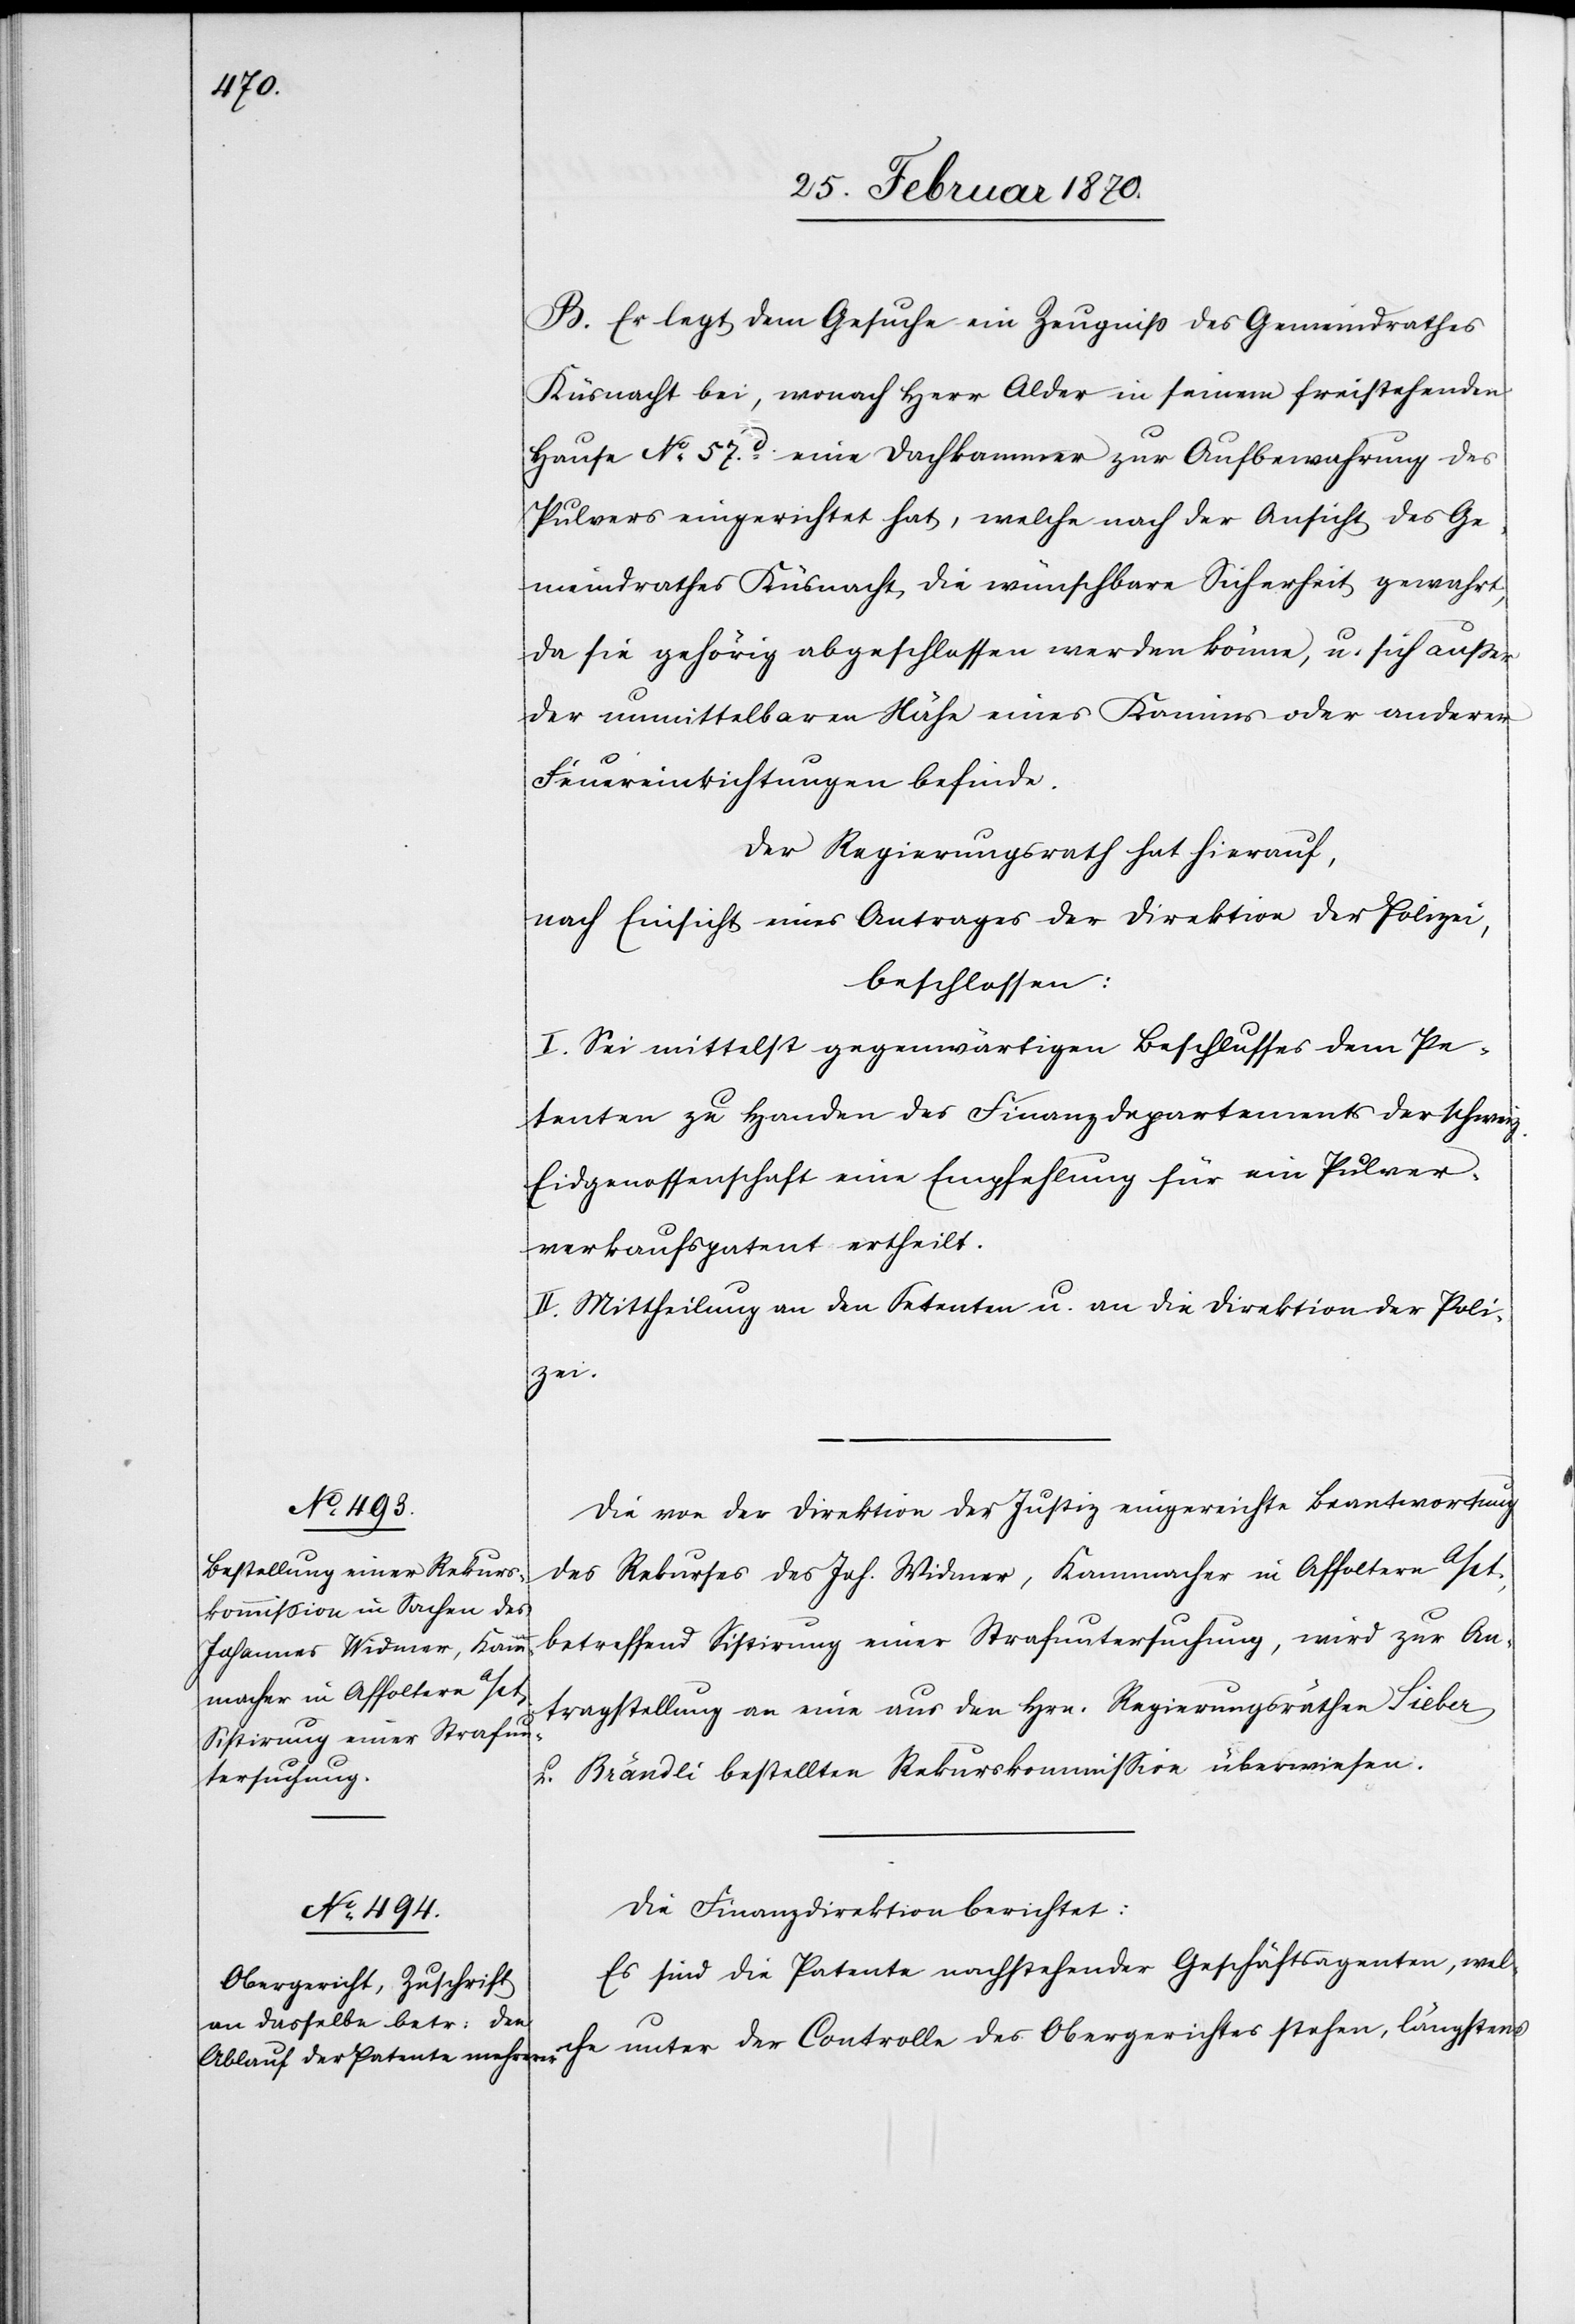
B. Er legt dem Gesuche ein Zeugniß des Gemeindrathes
Küsnacht bei, wonach Herr Alder in seinem freistehenden
Hause No. 57d. eine Dachkammer zur Aufbewahrung des
Pulvers eingerichtet hat, welche nach der Ansicht des Ge¬
meindrathes Küsnacht die wünschbare Sicherheit gewahrt,
da sie gehörig abgeschlossen werden könne, u. sich außer
der unmittelbaren Nähe eines Kamins oder anderer
Feuereinrichtungen befinde.
Der Regierungsrath hat hierauf,
nach Einsicht eines Antrages der Direktion der Polizei,
beschlossen:
I. Sei mittelst gegenwärtigen Beschlusses dem Pe¬
tenten zu Handen des Finanzdepartements der schweiz.
Eidgenossenschaft eine Empfehlung für ein Pulver¬
verkaufspatent ertheilt.
II. Mittheilung an den Petenten u. an die Direktion der Poli¬
zei.
Die von der Direktion der Justiz eingereichte Beantwortung
des Rekurses des Joh. Widmer, Kammacher in Affoltern a/A.,
betreffend Sistirung einer Strafuntersuchung, wird zur An¬
tragstellung an eine aus den Hrn. Regierungsräthen Sieber
u. Brändli bestellten Rekurskommißion überwiesen.
Die Finanzdirektion berichtet:
Es sind die Patente nachstehender Geschäftsagenten, welche